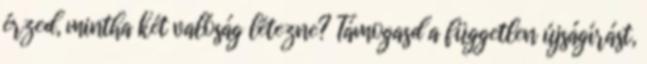
érzed, mintha két valóság létezne? Támogasd a független újságírást,